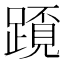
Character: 𨅂